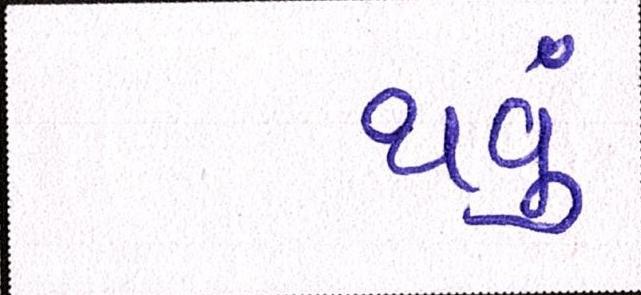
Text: થવૂં